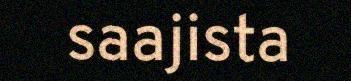
saajista